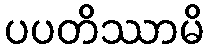
ပပတိဿာမိ